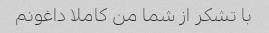
با تشکر از شما من کاملا داغونم